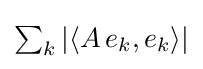
{\textstyle \sum _{k}\left|\left\langle A\,e_{k},e_{k}\right\rangle \right|}